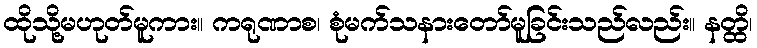
ထိုသို့မဟုတ်မူကား။ ကရုဏာစ၊ စုံမက်သနားတော်မူခြင်းသည်လည်း။ နတ္ထိ၊